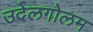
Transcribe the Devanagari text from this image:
उदेलगोलम